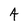
Character: 4